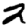
Digit: 2